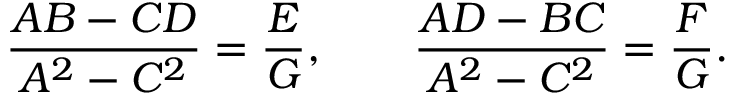
{ \frac { A B - C D } { A ^ { 2 } - C ^ { 2 } } } = { \frac { E } { G } } , \qquad { \frac { A D - B C } { A ^ { 2 } - C ^ { 2 } } } = { \frac { F } { G } } .